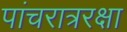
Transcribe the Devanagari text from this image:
पांचरात्ररक्षा